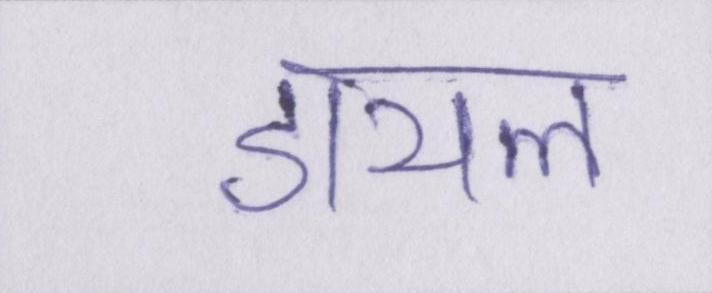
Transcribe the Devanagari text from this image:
डायल